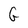
Character: G